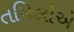
તમિલોએ